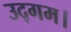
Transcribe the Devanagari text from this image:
उद्गम।